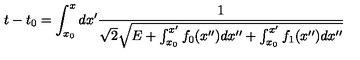
t - t _ { 0 } = \int _ { x _ { 0 } } ^ { x } d x ^ { \prime } \frac { 1 } { \sqrt { 2 } \sqrt { E + \int _ { x _ { 0 } } ^ { x ^ { \prime } } f _ { 0 } ( x ^ { \prime \prime } ) d x ^ { \prime \prime } + \int _ { x _ { 0 } } ^ { x ^ { \prime } } f _ { 1 } ( x ^ { \prime \prime } ) d x ^ { \prime \prime } } }